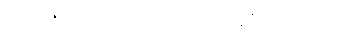
မြန်မာ နိုင်ငံများမှာ ပြန့်နှံ့ အောင်မြင်နေပြီး ဖြစ်ပါတယ်။